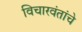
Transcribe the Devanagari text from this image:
विचारवंतांचे